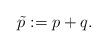
LaTeX: \begin{align*}\tilde{p} := p + q.\end{align*}